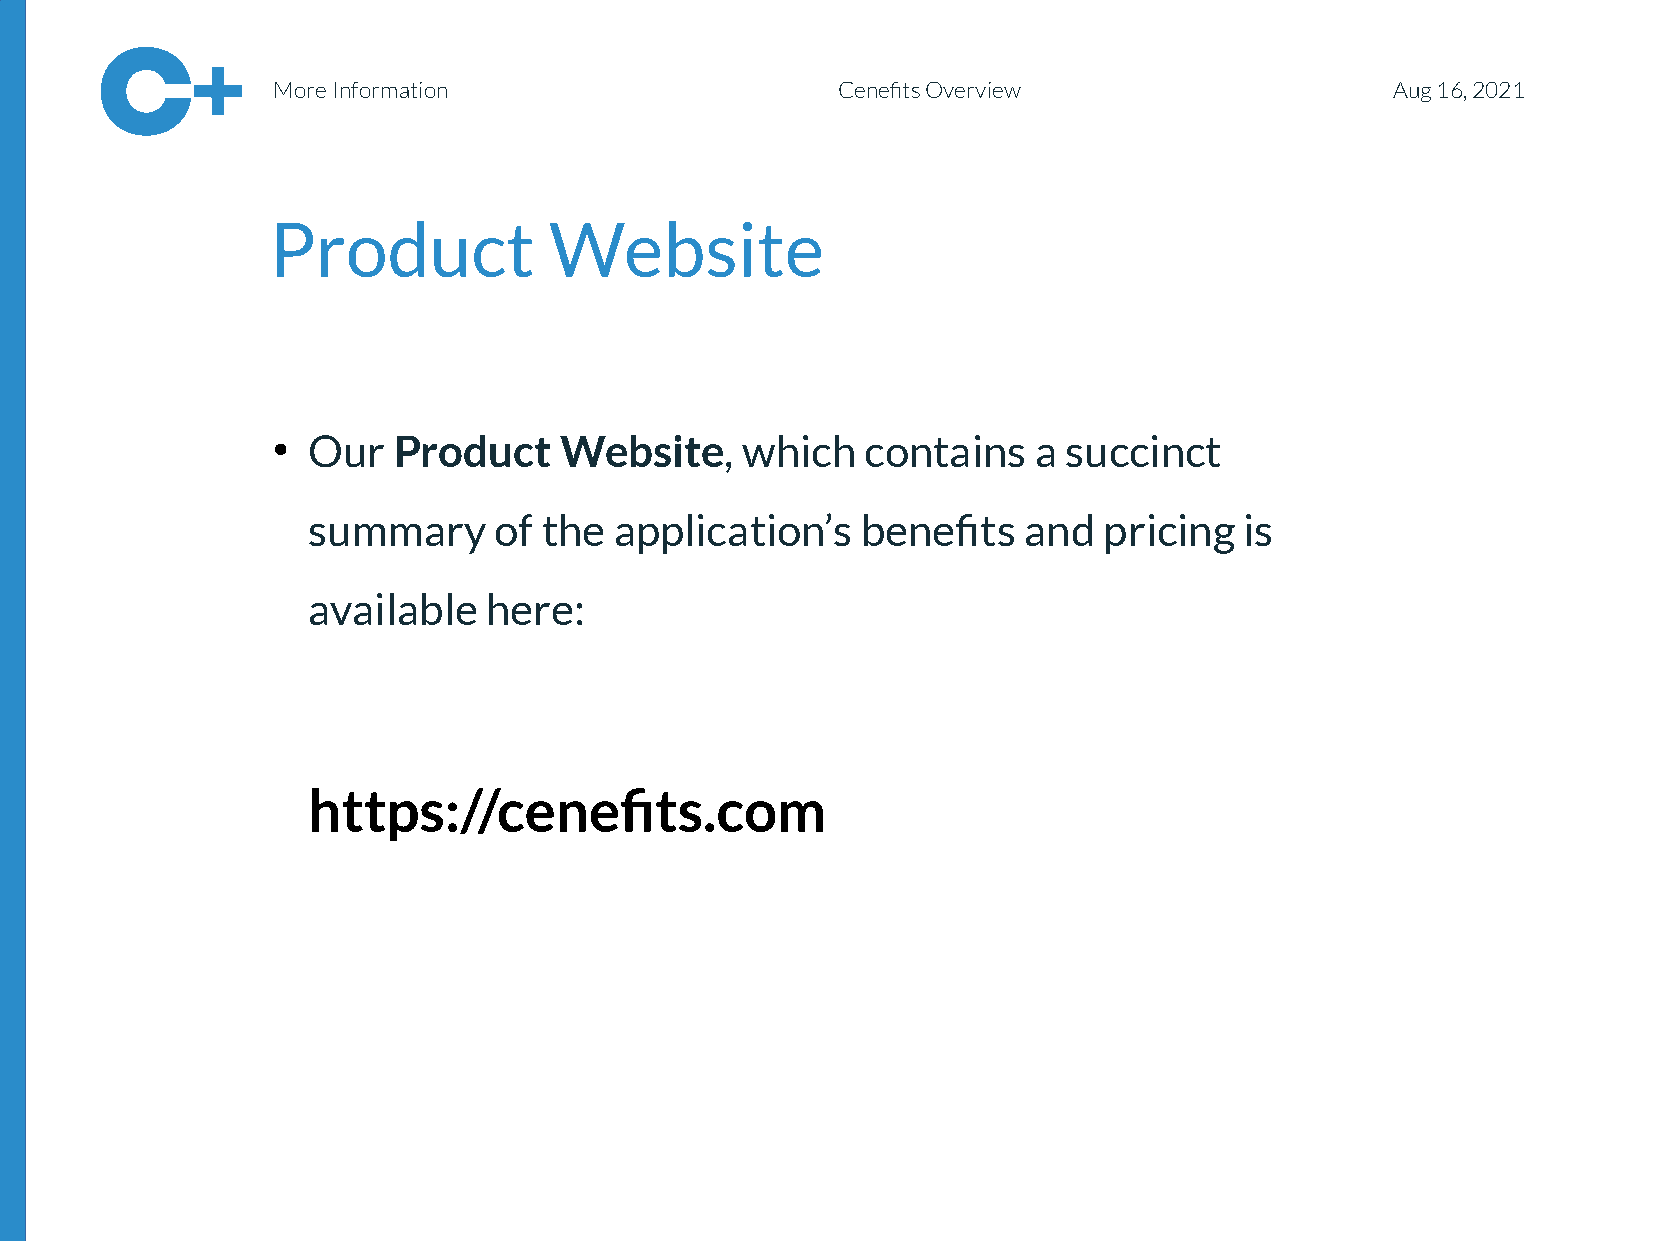
More Information                     Cenefits Overview                    Aug 16, 2021
 Product           Website
 Our   Product    Website,    which   contains   a  succinct
 ●
 <sSumemcatriyo onf t_hte iatplpelic_a1tio>n’s benefits and pricing is
 available   here:
 https://cenefits.com